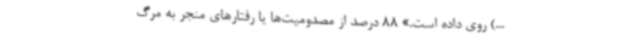
...) روی داده است.» 88 درصد از مصدومیت‌ها یا رفتارهای منجر به مرگ